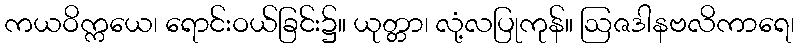
ကယဝိက္ကယေ၊ ရောင်းဝယ်ခြင်း၌။ ယုတ္တာ၊ လုံ့လပြုကုန်။ ဩဇဒါနဗလိကာရေ၊